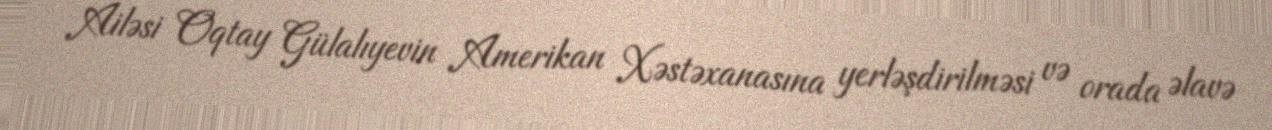
Ailəsi Oqtay Gülalıyevin Amerikan Xəstəxanasına yerləşdirilməsi və orada əlavə